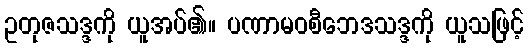
ဥတုဇသဒ္ဒကို ယူအပ်၏။ ပဏာမဝစီဘေဒသဒ္ဒကို ယူသဖြင့်